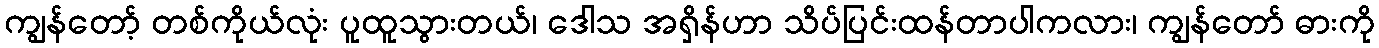
ကျွန်တော့် တစ်ကိုယ်လုံး ပူထူသွားတယ်၊ ဒေါသ အရှိန်ဟာ သိပ်ပြင်းထန်တာပါကလား၊ ကျွန်တော် ဓားကို